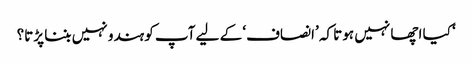
‘ کیا اچھا نہیں ہوتا کہ ’انصاف‘ کے لیے آپ کو ہندو نہیں بننا پڑتا؟